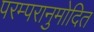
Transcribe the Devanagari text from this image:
परम्परानुमोदित